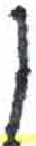
אות: ן